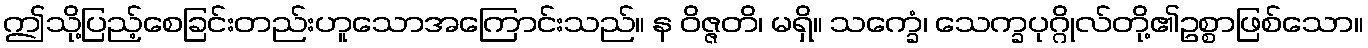
ဤသို့ပြည့်စေခြင်းတည်းဟူသောအကြောင်းသည်။ န ဝိဇ္ဇတိ၊ မရှိ။ သက္ခေံ၊ သေက္ခပုဂ္ဂိုလ်တို့၏ဥစ္စာဖြစ်သော။